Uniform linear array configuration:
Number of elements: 4
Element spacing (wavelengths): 0.25
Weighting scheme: exponential
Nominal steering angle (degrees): -60
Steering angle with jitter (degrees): -60.941
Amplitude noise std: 0.05
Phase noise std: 0.05

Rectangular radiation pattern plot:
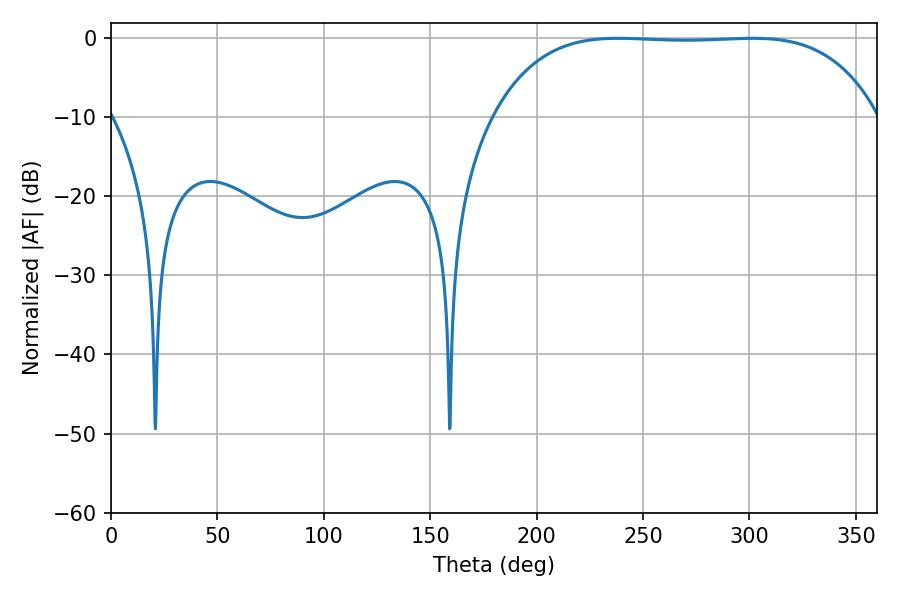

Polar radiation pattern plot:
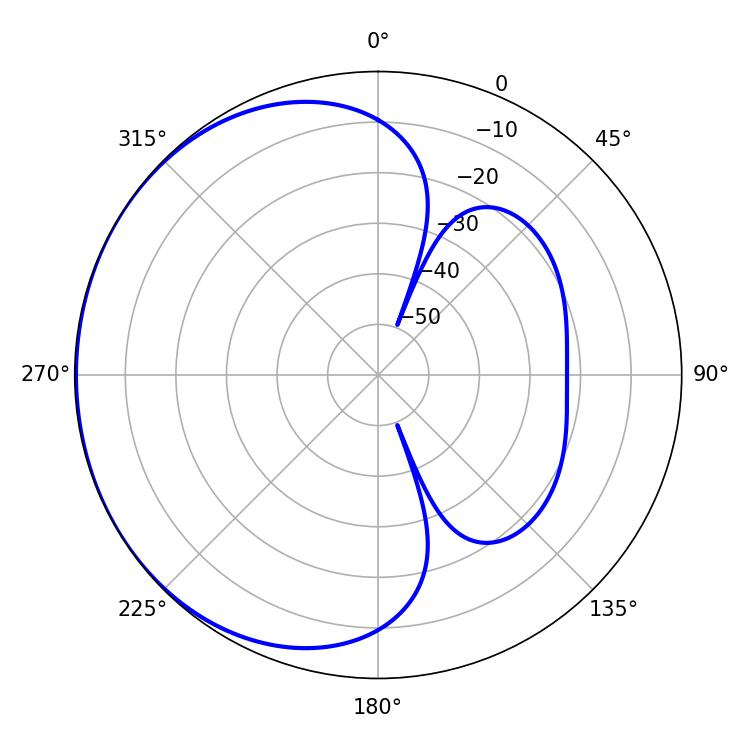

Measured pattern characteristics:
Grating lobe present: FALSE
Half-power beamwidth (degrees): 140.4
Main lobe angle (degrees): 238.32